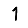
Digit: 1